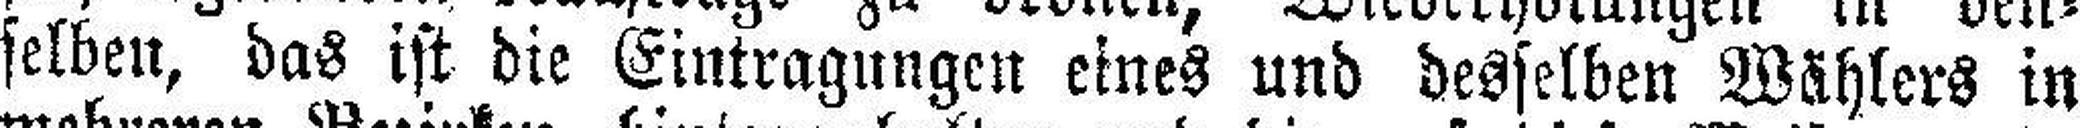
selben, das ist die Eintragungen eines und desselben Wählers in